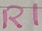
Text: R1